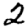
Digit: 2